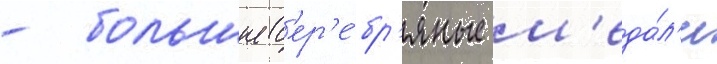
- большие с'ер'е́бр'яные м'еда́л'и